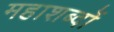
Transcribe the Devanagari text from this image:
महाशब्दों